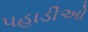
પહાડીઓ